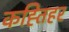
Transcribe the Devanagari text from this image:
कह्तिहर